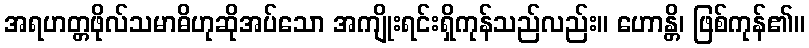
အရဟတ္တဖိုလ်သမာဓိဟုဆိုအပ်သော အကျိုးရင်းရှိကုန်သည်လည်း။ ဟောန္တိ၊ ဖြစ်ကုန်၏။